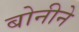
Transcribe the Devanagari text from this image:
बोनीने